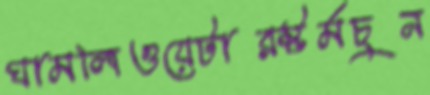
ঘামলিওয়েটারস্টর্মচুন